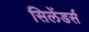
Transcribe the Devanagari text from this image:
सिलेंडर्स